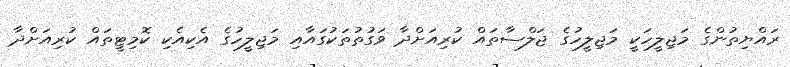
ރައްޔިތުންގެ މަޖިލީހަކީ މަޖިލީހުގެ ޖަލްސާތައް ކުރިއަށްދާ ވަގުތުތަކުގައާއި މަޖިލީހުގެ އެކިއެކި ކޮމިޓީތައް ކުރިއަށްދާ